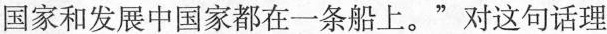
国家和发展中国家都在一条船上。”对这句话理